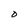
Character: O